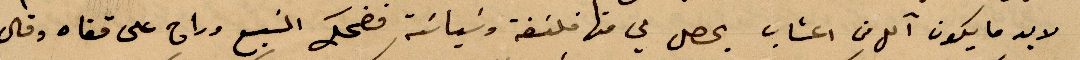
لا بد ما يكون آكل من اعشاب يحصل لي منها فلسفة وسياسة فضحك السبع وراح على قفاه وقال